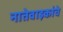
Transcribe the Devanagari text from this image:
नातेवाइकांचे